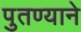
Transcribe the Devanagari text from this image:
पुतण्याने